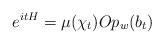
LaTeX: \begin{align*}e^{itH} = \mu(\chi_t)Op_w(b_t)\end{align*}